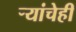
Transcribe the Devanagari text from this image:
ऱ्यांचेही